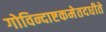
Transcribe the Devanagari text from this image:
गोविन्दाष्टकमेतदधीते